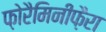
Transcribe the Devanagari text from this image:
फ़ोरैमिनीफ़ैरा